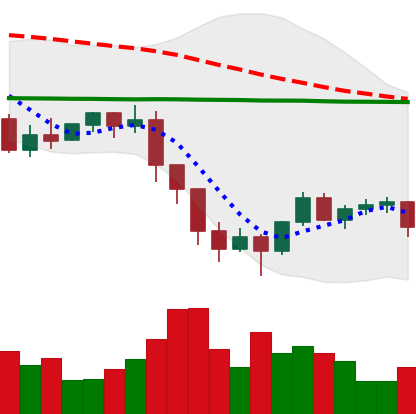
Ticker: ETH-USD
Chart end date: 2022-01-17
Forward return: -25.126%
Label: down_7plus